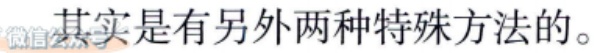
其实是有另外两种特殊方法的。